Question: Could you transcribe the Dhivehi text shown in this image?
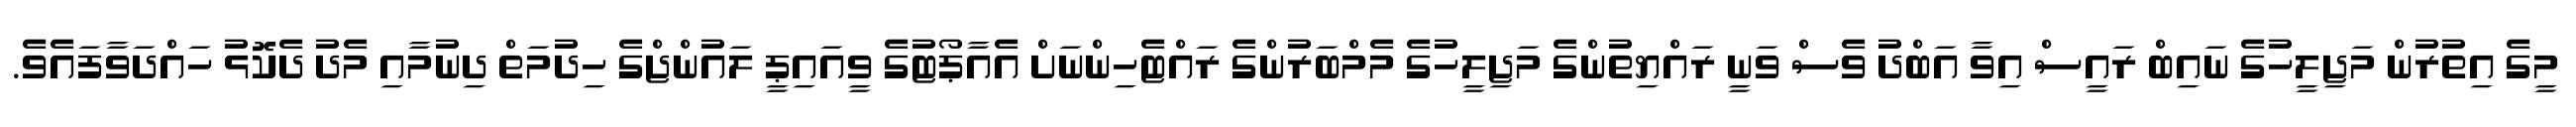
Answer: މީގެ އިތުރުން މަޖިލީހުގެ ނައިބް ރައީސް އިވާ އަބްދު ވެސް ވަނީ ރައްޔިތުންގެ މަޖިލީހުގެ މެމްބަރުންގެ ރައްޓެހިންނަށް އެއާޕޯޓުގެ ވީއައިޕީ ލައުންޖްގެ ހިދުމަތް ދިނުމާއި މެދު ދެކޮޅު ހައްދަވާފައެވެ.